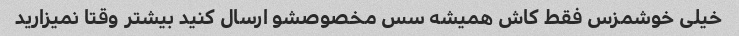
خیلی خوشمزس فقط کاش همیشه سس‌ مخصوصشو ارسال کنید بیشتر وقتا نمیزارید